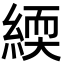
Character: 緛